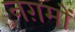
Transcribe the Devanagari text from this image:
नग़मों